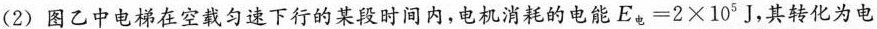
(2)图乙中电梯在空载匀速下行的某段时间内，电机消耗的电能$$E_{电}=2×10^{5}J$$，其转化为电